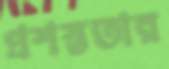
প্রশস্ততার